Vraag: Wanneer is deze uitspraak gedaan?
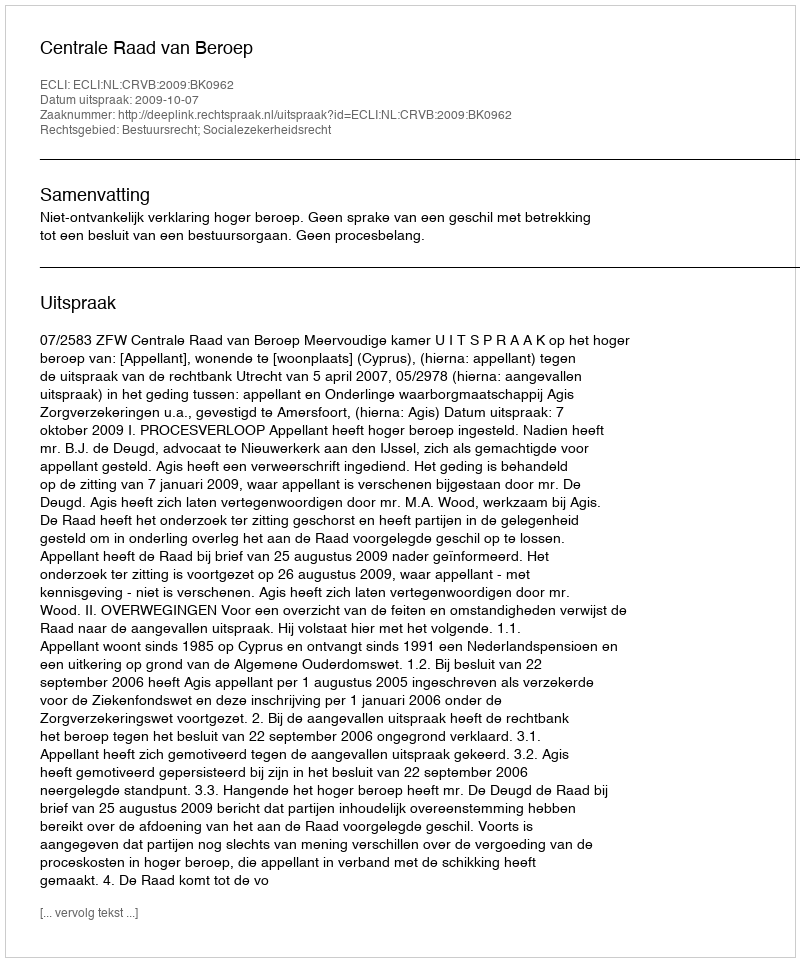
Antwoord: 2009-10-07